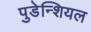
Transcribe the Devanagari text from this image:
पुडेन्शियल